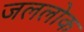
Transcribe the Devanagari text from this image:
जललोक